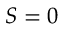
S = 0